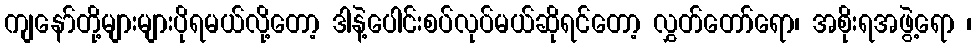
ကျနော်တို့များများပိုရမယ်လို့တော့ ဒါနဲ့ပေါင်းစပ်လုပ်မယ်ဆိုရင်တော့ လွှတ်တော်ရော၊ အစိုးရအဖွဲ့ရော ၊